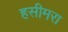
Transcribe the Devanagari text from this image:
हसीमरा